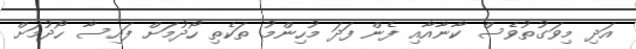
އަދި މިވަގުތުވެސް ކާނާއާއި ފެން ފަދަ މުހިންމު ތަކެތި ހޯދުމަށް ފައިސާ ހޯދުމަށް